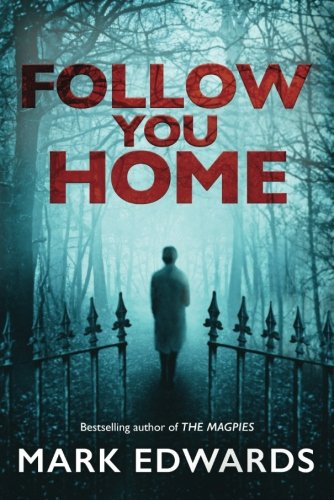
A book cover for Follow You Home; Mark Edwards; Mystery, Thriller & Suspense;